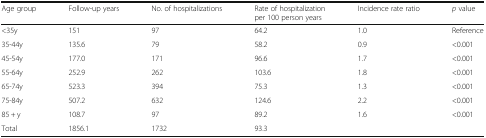
<table><thead><tr><td><b>Age group</b></td><td><b>Follow-up years</b></td><td><b>No. of hospitalizations</b></td><td><b>Rate of hospitalization per 100 person years</b></td><td><b>Incidence rate ratio</b></td><td><b><i>p</i> value</b></td></tr></thead><tbody><tr><td>&lt;35y</td><td>151</td><td>97</td><td>64.2</td><td>1.0</td><td>Reference</td></tr><tr><td>35-44y</td><td>135.6</td><td>79</td><td>58.2</td><td>0.9</td><td>&lt;0.001</td></tr><tr><td>45-54y</td><td>177.0</td><td>171</td><td>96.6</td><td>1.7</td><td>&lt;0.001</td></tr><tr><td>55-64y</td><td>252.9</td><td>262</td><td>103.6</td><td>1.8</td><td>&lt;0.001</td></tr><tr><td>65-74y</td><td>523.3</td><td>394</td><td>75.3</td><td>1.3</td><td>&lt;0.001</td></tr><tr><td>75-84y</td><td>507.2</td><td>632</td><td>124.6</td><td>2.2</td><td>&lt;0.001</td></tr><tr><td>85 + y</td><td>108.7</td><td>97</td><td>89.2</td><td>1.6</td><td>&lt;0.001</td></tr><tr><td>Total</td><td>1856.1</td><td>1732</td><td>93.3</td><td></td><td></td></tr></tbody></table>